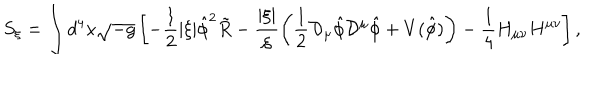
LaTeX: S _ { \xi } = \int d ^ { 4 } x \sqrt { - g } \left[ - { \frac { 1 } { 2 } } | \xi | \hat { \phi } ^ { 2 } \tilde { R } - \frac { | \xi | } { \xi } \left( { \frac { 1 } { 2 } } { \cal D } _ { \mu } \hat { \phi } { \cal D } ^ { \mu } \hat { \phi } + V ( \hat { \phi } ) \right) - { \frac { 1 } { 4 } } H _ { \mu \nu } H ^ { \mu \nu } \right] ,